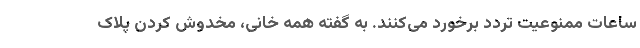
ساعات ممنوعیت تردد برخورد می‌کنند. به گفته همه خانی، مخدوش کردن پلاک